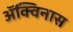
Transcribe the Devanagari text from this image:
ॲक्विनास